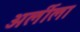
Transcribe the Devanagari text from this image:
अर्लीला